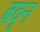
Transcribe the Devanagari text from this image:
बवृन